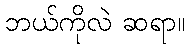
ဘယ်ကိုလဲ ဆရာ။